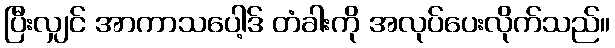
ပြီးလျှင် အာကာသပေါ့ဒ် တံခါးကို အလုပ်ပေးလိုက်သည်။